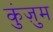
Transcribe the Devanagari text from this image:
कुंज़ुम